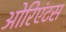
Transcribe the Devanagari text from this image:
ओरिएंटस